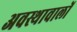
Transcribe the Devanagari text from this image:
अवस्थावालों